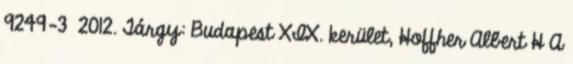
9249-3 2012. Tárgy: Budapest XIX. kerület, Hoffher Albert H A